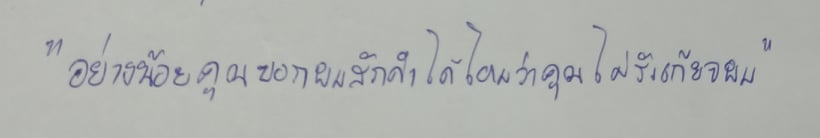
"อย่างน้อยคุณบอกผมสักคำได้ไหมว่าคุณไม่รังเกียจผม"